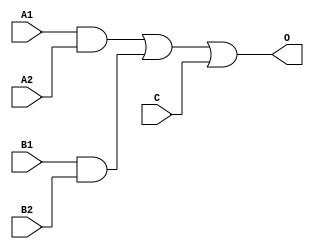
module JDB122A(A1, A2, B1, B2, C, O);
input   A1;
input   A2;
input   B1;
input   B2;
input   C;
output  O;
and g0(w0, A1, A2);
and g1(w3, B1, B2);
or g2(O, w0, w3, C);
endmodule